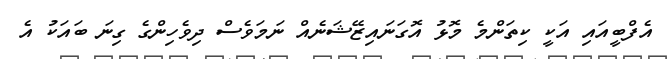
އެފްބީއައި އަކީ ކިތަންމެ މޮޅު އޮގަނައިޒޭޝަނެއް ނަމަވެސް ދިވެހިންގެ ގިނަ ބައަކު އެ